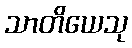
သာတိယေသု